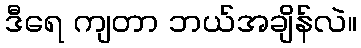
ဒီရေ ကျတာ ဘယ်အချိန်လဲ။